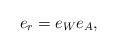
LaTeX: \begin{align*} e_{r} = e_W e_A,\end{align*}